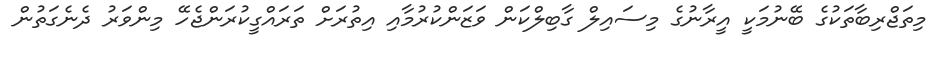
މިތަޖްރިބާތަކުގެ ބޭނުމަކީ އީރާނުގެ މިސައިލް ގާބިލްކަން ވަޒަންކުރުމާއި އިތުރަށް ތަރައްގީކުރަންޖެހޭ މިންވަރު ދެނެގަތުން